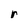
Character: r